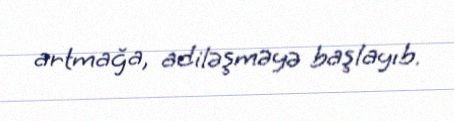
artmağa, adiləşməyə başlayıb.